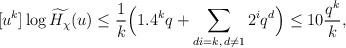
LaTeX: \begin{align*} [u^k] \log \widetilde{H_{\chi}}(u) \le \frac{1}{k}\Big(1.4^k q + \sum_{di=k,\, d \neq 1} 2^i q^{d}\Big)\le 10\frac{q^{k}}{k},\end{align*}